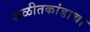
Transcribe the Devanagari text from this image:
जळीतकांडाचा